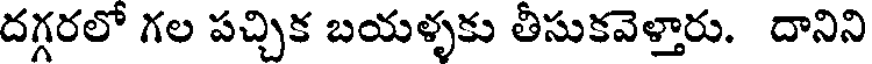
దగ్గరలో గల పచ్చిక బయళ్ళకు తీసుకవెళ్తారు. దానిని